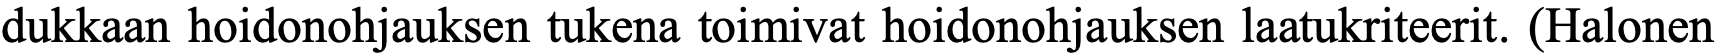
dukkaan hoidonohjauksen tukena toimivat hoidonohjauksen laatukriteerit. (Halonen